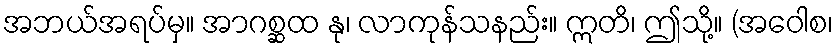
အဘယ်အရပ်မှ။ အာဂစ္ဆထ နု၊ လာကုန်သနည်း။ ဣတိ၊ ဤသို့။ (အဝေါစ၊